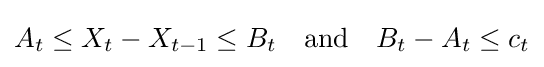
A_{t}\leq X_{t}-X_{t-1}\leq B_{t}\quad {\text{and}}\quad B_{t}-A_{t}\leq c_{t}